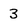
Character: 3